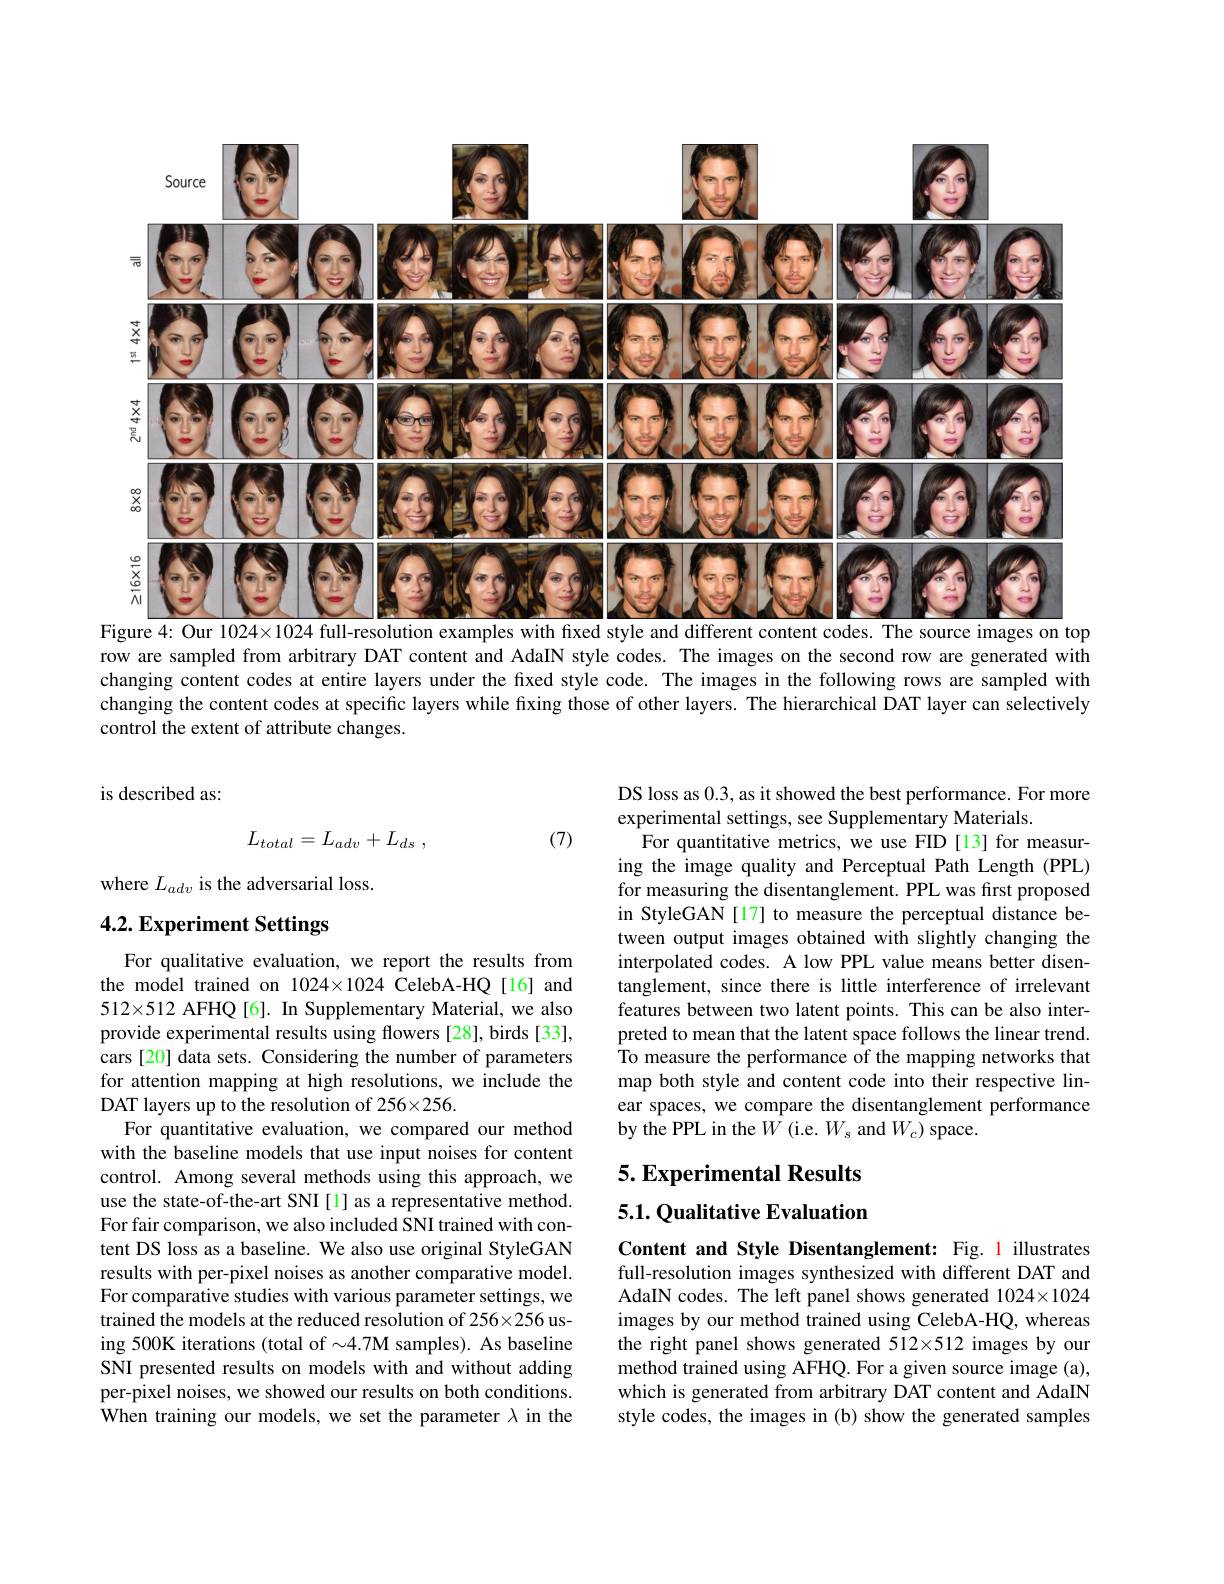
<FigureHere>
Figure 4: Our $1024\times1024$ full-resolution examples with fxed style and different content codes. The source images on top

row are sampled from arbitrary DAT content and AdaIN style codes. The images on the second row are generated with changing content codes at entire layers under the fixed style code. The images in the following rows are sampled with changing the content codes at specific layers while fixing those of other layers. The hierarchical DAT layer can selectively control the extent of attribute changes.

is described as:
$$L_{total}=L_{adv}+L_{ds}\:,$$
(7)

where $L_{adv}$ is the adversarial loss.

# 4.2. Experiment Settings

DS loss as 0.3, as it showed the best performance. For more
experimental settings, see Supplementary Materials.
For quantitative metrics, we use FID [13] for measuring the image quality and Perceptual Path Length (PPL) for measuring the disentanglement. PPL was first proposed in StyleGAN [17] to measure the perceptual distance between output images obtained with slightly changing the interpolated codes. A low PPL value means better disentanglement, since there is little interference of irrelevant features between two latent points. This can be also interpreted to mean that the latent space follows the linear trend. $\hat{\text{To measure the performance of the mapping networks that}}$ map both style and content code into their respective linear spaces, we compare the disentanglement performance by the PPL in the $W$ (i.e. $W_s$ and $W_c)$ space.

## 5. Experimental Results

### 5.1. Qualitative Evaluation

For qualitative evaluation, we report the results from the model trained on 1024×1024 CelebA-HQ[16] and $512\times512 AFHQ [6]. In Supplementary Material, we also$ provide experimental results using flowers [28], birds [33], cars [20] data sets. Considering the number of parameters for attention mapping at high resolutions, we include the DAT layers up to the resolution of 256×256.
For quantitative evaluation, we compared our method with the baseline models that use input noises for content control. Among several methods using this approach, we use the state-of-the-art SNI [1] as a representative method. For fair comparison, we also included SNI trained with content DS loss as a baseline. We also use original StyleGAN results with per-pixel noises as another comparative model. For comparative studies with various parameter settings, we trained the models at the reduced resolution of 256×256 using 500K iterations (total of $\sim4.7$M samples). As baseline SNI presented results on models with and without adding per-pixel noises, we showed our results on both conditions. When training our models, we set the parameter $\lambda$ in the

Content and Style Disentanglement: Fig. 1 illustrates full-resolution images synthesized with different DAT and AdaIN codes. The left panel shows generated 1024×1024 images by our method trained using CelebA-HQ, whereas the right panel shows generated 512×512 images by our method trained using AFHQ. For a given source image (a), which is generated from arbitrary DAT content and AdaIN style codes, the images in (b) show the generated samples